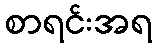
စာရင်းအရ